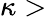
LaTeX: \kappa>